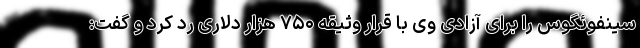
سینفوئگوس را برای آزادی وی با قرار وثیقه ۷۵۰ هزار دلاری رد کرد و گفت: